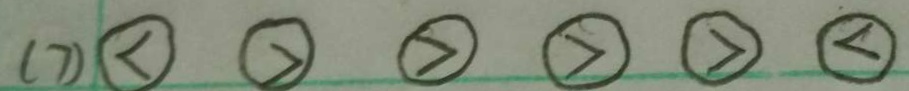
( 7 ) \textcircled { < } \textcircled { > } \textcircled { > } \textcircled { > } \textcircled { > } \textcircled { < }